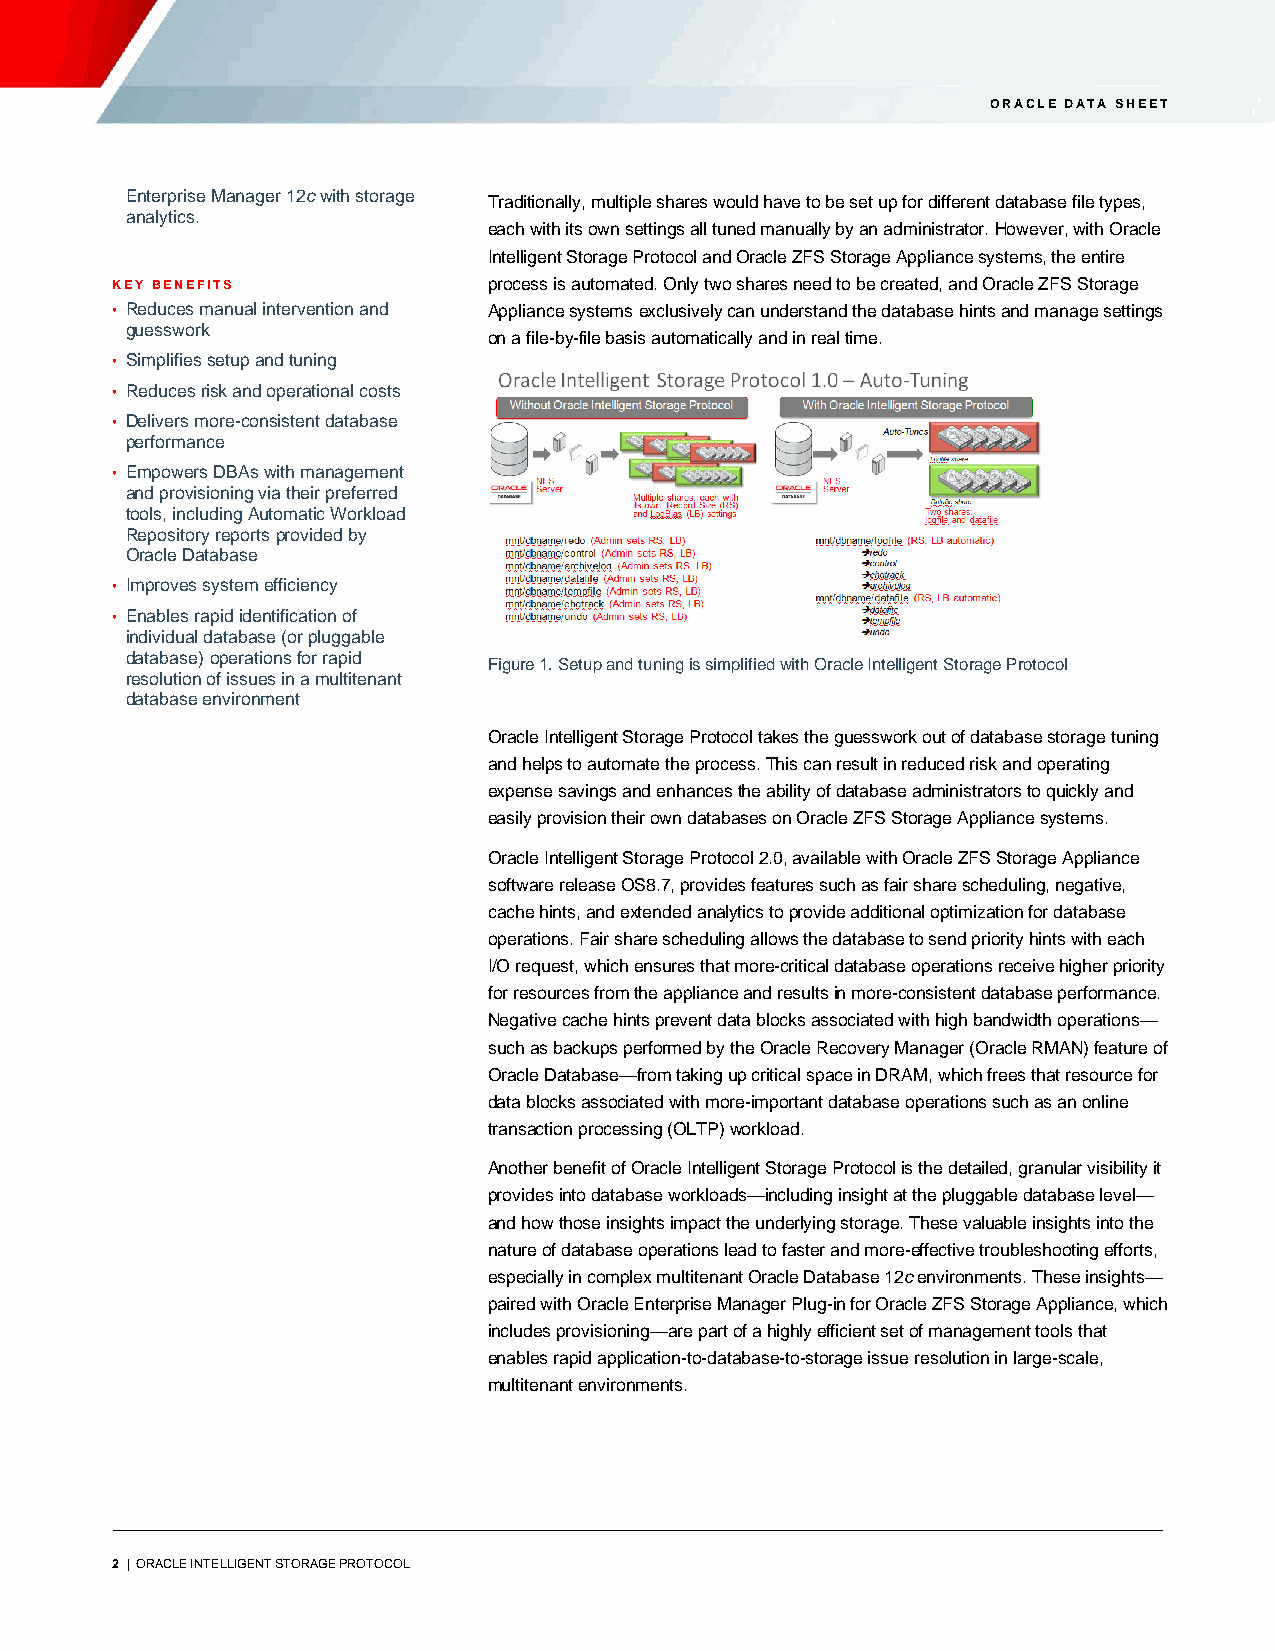
ORACLE DATA SHEET
 Enterprise Manager 12c with storage Traditionally, multiple shares would have to be set up for different database file types,
 analytics.
 each with its own settings all tuned manually by an administrator. However, with Oracle
 Intelligent Storage Protocol and Oracle ZFS Storage Appliance systems, the entire
 KEY BENEFITS             process is automated. Only two shares need to be created, and Oracle ZFS Storage
 • Reduces manual intervention and Appliance systems exclusively can understand the database hints and manage settings
 guesswork
 on a file-by-file basis automatically and in real time.
 • Simplifies setup and tuning
 • Reduces risk and operational costs
 • Delivers more-consistent database
 performance
 • Empowers DBAs with management
 and provisioning via their preferred
 tools, including Automatic Workload
 Repository reports provided by
 Oracle Database
 • Improves system efficiency
 • Enables rapid identification of
 individual database (or pluggable
 database) operations for rapid
 Figure 1. Setup and tuning is simplified with Oracle Intelligent Storage Protocol
 resolution of issues in a multitenant
 database environment
 Oracle Intelligent Storage Protocol takes the guesswork out of database storage tuning
 and helps to automate the process. This can result in reduced risk and operating
 expense savings and enhances the ability of database administrators to quickly and
 easily provision their own databases on Oracle ZFS Storage Appliance systems.
 Oracle Intelligent Storage Protocol 2.0, available with Oracle ZFS Storage Appliance
 software release OS8.7, provides features such as fair share scheduling, negative,
 cache hints, and extended analytics to provide additional optimization for database
 operations. Fair share scheduling allows the database to send priority hints with each
 I/O request, which ensures that more-critical database operations receive higher priority
 for resources from the appliance and results in more-consistent database performance.
 Negative cache hints prevent data blocks associated with high bandwidth operations—
 such as backups performed by the Oracle Recovery Manager (Oracle RMAN) feature of
 Oracle Database—from taking up critical space in DRAM, which frees that resource for
 data blocks associated with more-important database operations such as an online
 transaction processing (OLTP) workload.
 Another benefit of Oracle Intelligent Storage Protocol is the detailed, granular visibility it
 provides into database workloads—including insight at the pluggable database level—
 and how those insights impact the underlying storage. These valuable insights into the
 nature of database operations lead to faster and more-effective troubleshooting efforts,
 especially in complex multitenant Oracle Database 12c environments. These insights—
 paired with Oracle Enterprise Manager Plug-in for Oracle ZFS Storage Appliance, which
 includes provisioning—are part of a highly efficient set of management tools that
 enables rapid application-to-database-to-storage issue resolution in large-scale,
 multitenant environments.
 2 | ORACLE INTELLIGENT STORAGE PROTOCOL